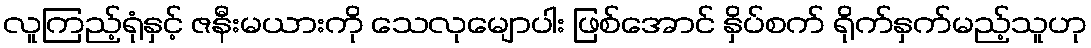
လူကြည့်ရုံနှင့် ဇနီးမယားကို သေလုမျောပါး ဖြစ်အောင် နှိပ်စက် ရိုက်နှက်မည့်သူဟု